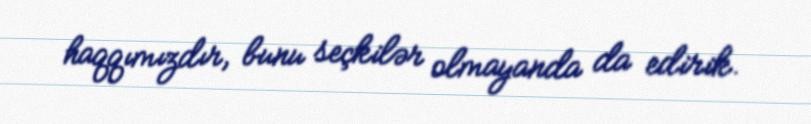
haqqımızdır, bunu seçkilər olmayanda da edirik.